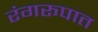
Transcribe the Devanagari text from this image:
रंगरूपात